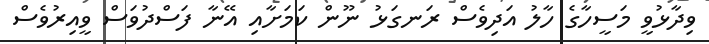
ވިދާޅުވީ މަސީހާގެ ހާލު އަދިވެސް ރަނގަޅު ނޫން ކަމަށާއި އޭނާ ފަސްދުވަސް ވީއިރުވެސް